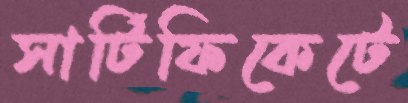
সার্টিফিকেটে